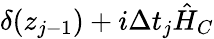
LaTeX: \delta(z_{j-1})+i\Delta t_{j}\hat{H}_{C}